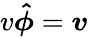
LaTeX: v\boldsymbol{\hat{\phi}}=\boldsymbol{v}